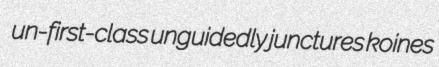
un-first-class unguidedly junctures koines